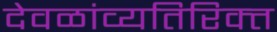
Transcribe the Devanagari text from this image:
देवळांव्यतिरिक्‍त